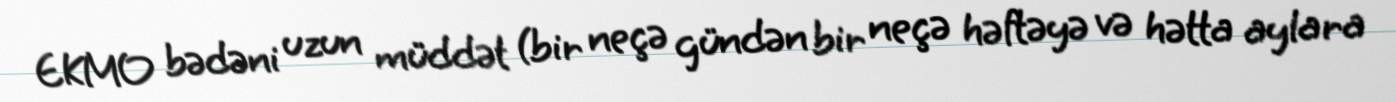
EKMO bədəni uzun müddət (bir neçə gündən bir neçə həftəyə və hətta aylara